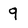
Character: 9